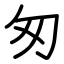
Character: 匆